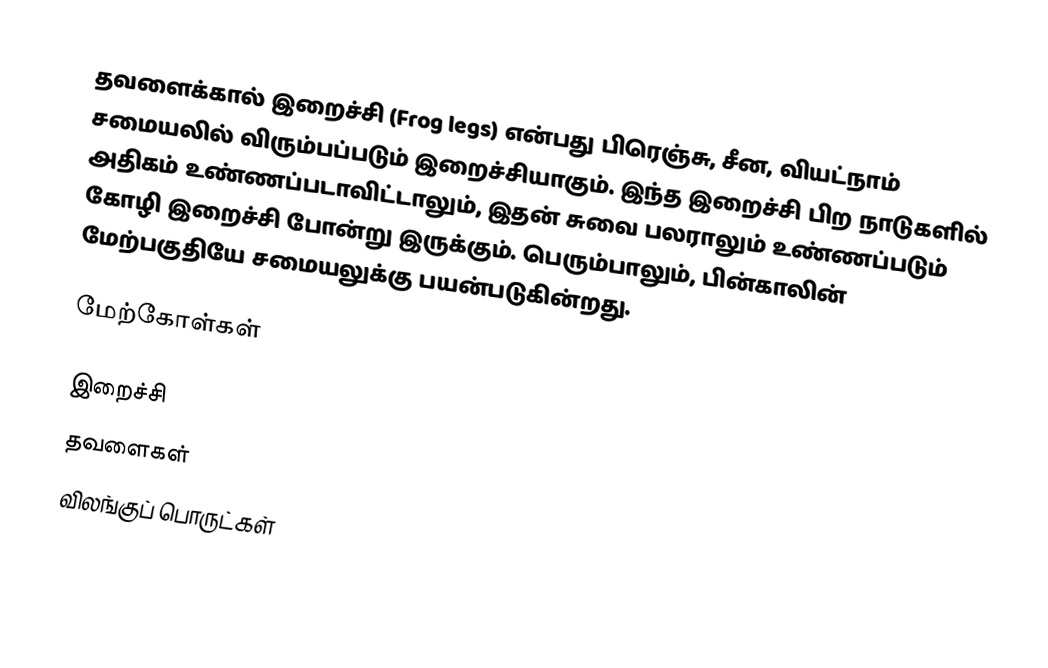
தவளைக்கால் இறைச்சி (Frog legs) என்பது பிரெஞ்சு, சீன, வியட்நாம் சமையலில் விரும்பப்படும் இறைச்சியாகும்.  இந்த இறைச்சி பிற நாடுகளில் அதிகம் உண்ணப்படாவிட்டாலும், இதன் சுவை பலராலும் உண்ணப்படும் கோழி இறைச்சி போன்று இருக்கும். பெரும்பாலும், பின்காலின் மேற்பகுதியே சமையலுக்கு பயன்படுகின்றது.

மேற்கோள்கள்

இறைச்சி
தவளைகள்
விலங்குப் பொருட்கள்